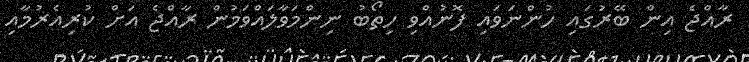
ރާއްޖެ އިން ބޭރުގައި ހުންނަވައި ފޮނުއްވި ހިތޯބު ނިންމަވާލައްވަމުން ރާއްޖެ އަށް ކުރިއެރުމާއި